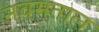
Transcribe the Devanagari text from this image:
नवमताल